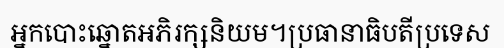
អ្នកបោះឆ្នោតអភិរក្សនិយម។ប្រធានាធិបតីប្រទេស